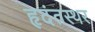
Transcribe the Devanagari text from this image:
हृदंतस्थर